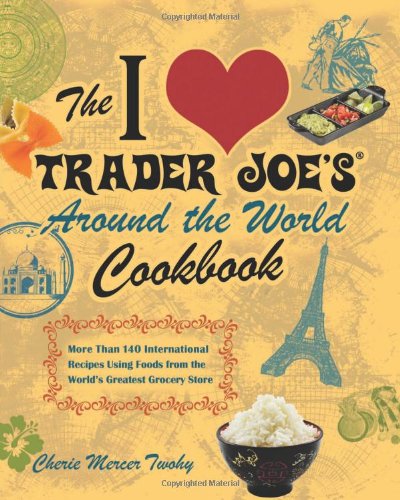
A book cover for The I Love Trader Joe's Around the World Cookbook: More than 150 International Recipes Using Foods from the World's Greatest Grocery Store; Cherie Mercer Twohy; Cookbooks, Food & Wine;